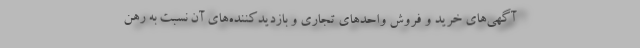
آگهی‌های خرید و فروش واحدهای تجاری و بازدیدکننده‌های آن نسبت به رهن